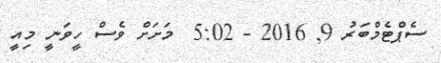
ސެޕްޓެމްބަރު 9